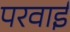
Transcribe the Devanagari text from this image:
परवाई